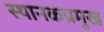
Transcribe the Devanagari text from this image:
स्थानकप्रमुख